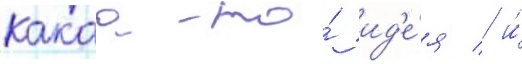
какаа-то́ ид'е́я / и́